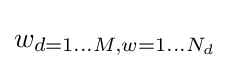
w_{d=1\dots M,w=1\dots N_{d}}